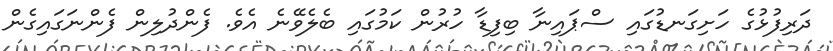
ދަރިފުޅުގެ ހަށިގަނޑުގައި ސްޕައިނާ ބިފިޑާ ހުރުން ކަމުގައި ބެލެވޭނެ އެވެ. ފެންދުލިން ފެންނަގައިގެން